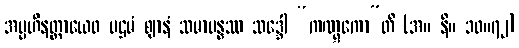
အပ္ပဟီနတ္တာယေဝ ပဌမံ ဈာနံ သမာပန္နဿ သဒ္ဒေါ “ကဏ္ဋကော”တိ (အ။ နိ။ ၁၀။၇၂)